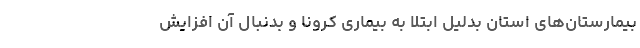
بیمارستان‌های استان بدلیل ابتلا به بیماری کرونا و بدنبال آن افزایش